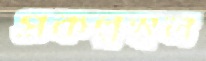
প্রকল্পস্থল